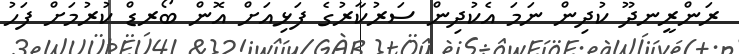
ރަންރީނދޫ ކުދިން ނަމަ އެކުދިން ސަރުކާރުގެ ފަޅިއަށް އޮން ބޯރޑް ކުރުމަށް ފަހު